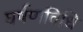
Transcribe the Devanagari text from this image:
घर्षणविधि